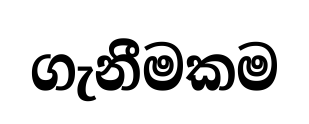
ගැනීමකම